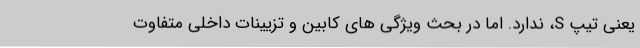
یعنی تیپ S، ندارد. اما در بحث ویژگی های کابین و تزیینات داخلی متفاوت